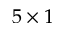
5 \times 1